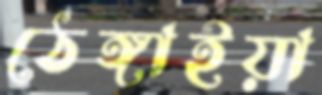
ঠেঙ্গাইয়া